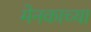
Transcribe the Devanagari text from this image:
मेनकाच्या